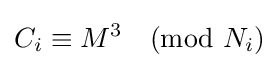
C_{i}\equiv M^{3}{\pmod {N_{i}}}